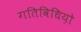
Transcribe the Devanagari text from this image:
गतिविधिय़ो